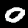
Digit: 0